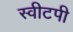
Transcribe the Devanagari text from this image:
स्वीटपी